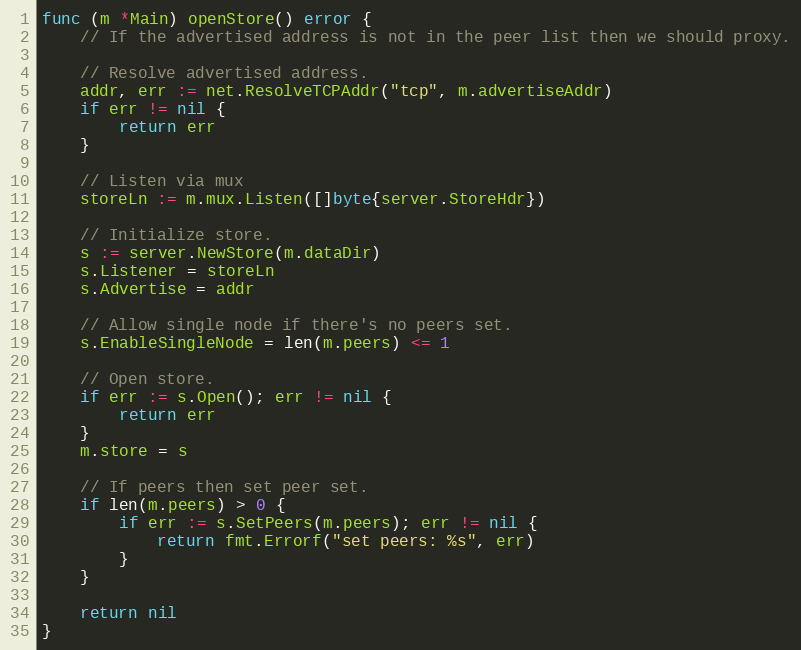
Language: Go
func (m *Main) openStore() error {
	// If the advertised address is not in the peer list then we should proxy.

	// Resolve advertised address.
	addr, err := net.ResolveTCPAddr("tcp", m.advertiseAddr)
	if err != nil {
		return err
	}

	// Listen via mux
	storeLn := m.mux.Listen([]byte{server.StoreHdr})

	// Initialize store.
	s := server.NewStore(m.dataDir)
	s.Listener = storeLn
	s.Advertise = addr

	// Allow single node if there's no peers set.
	s.EnableSingleNode = len(m.peers) <= 1

	// Open store.
	if err := s.Open(); err != nil {
		return err
	}
	m.store = s

	// If peers then set peer set.
	if len(m.peers) > 0 {
		if err := s.SetPeers(m.peers); err != nil {
			return fmt.Errorf("set peers: %s", err)
		}
	}

	return nil
}